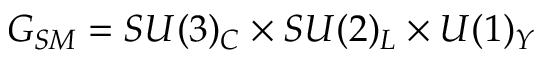
G _ { S M } = S U ( 3 ) _ { C } \times S U ( 2 ) _ { L } \times U ( 1 ) _ { Y }